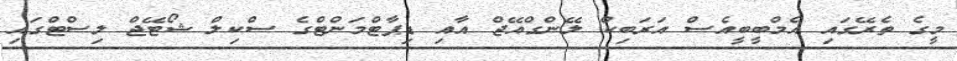
މީގެ ތެރޭގައި އެމްބީބީއެސް އަރަބިކް ލޭންގްއޭޖް އާއި ޑިޕާޓްމަންޓްގެ ސްކިލް ޝޯޓޭޖް ލިސްޓްގައި